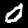
Label: 0